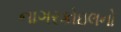
નાગરકોઇલનો